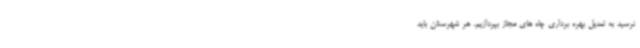
نرسید به تعدیل بهره برداری چاه های مجاز بپردازیم. هر شهرستان باید